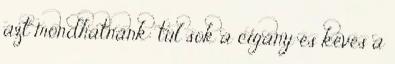
azt mondhatnánk: túl sok a cigány és kevés a